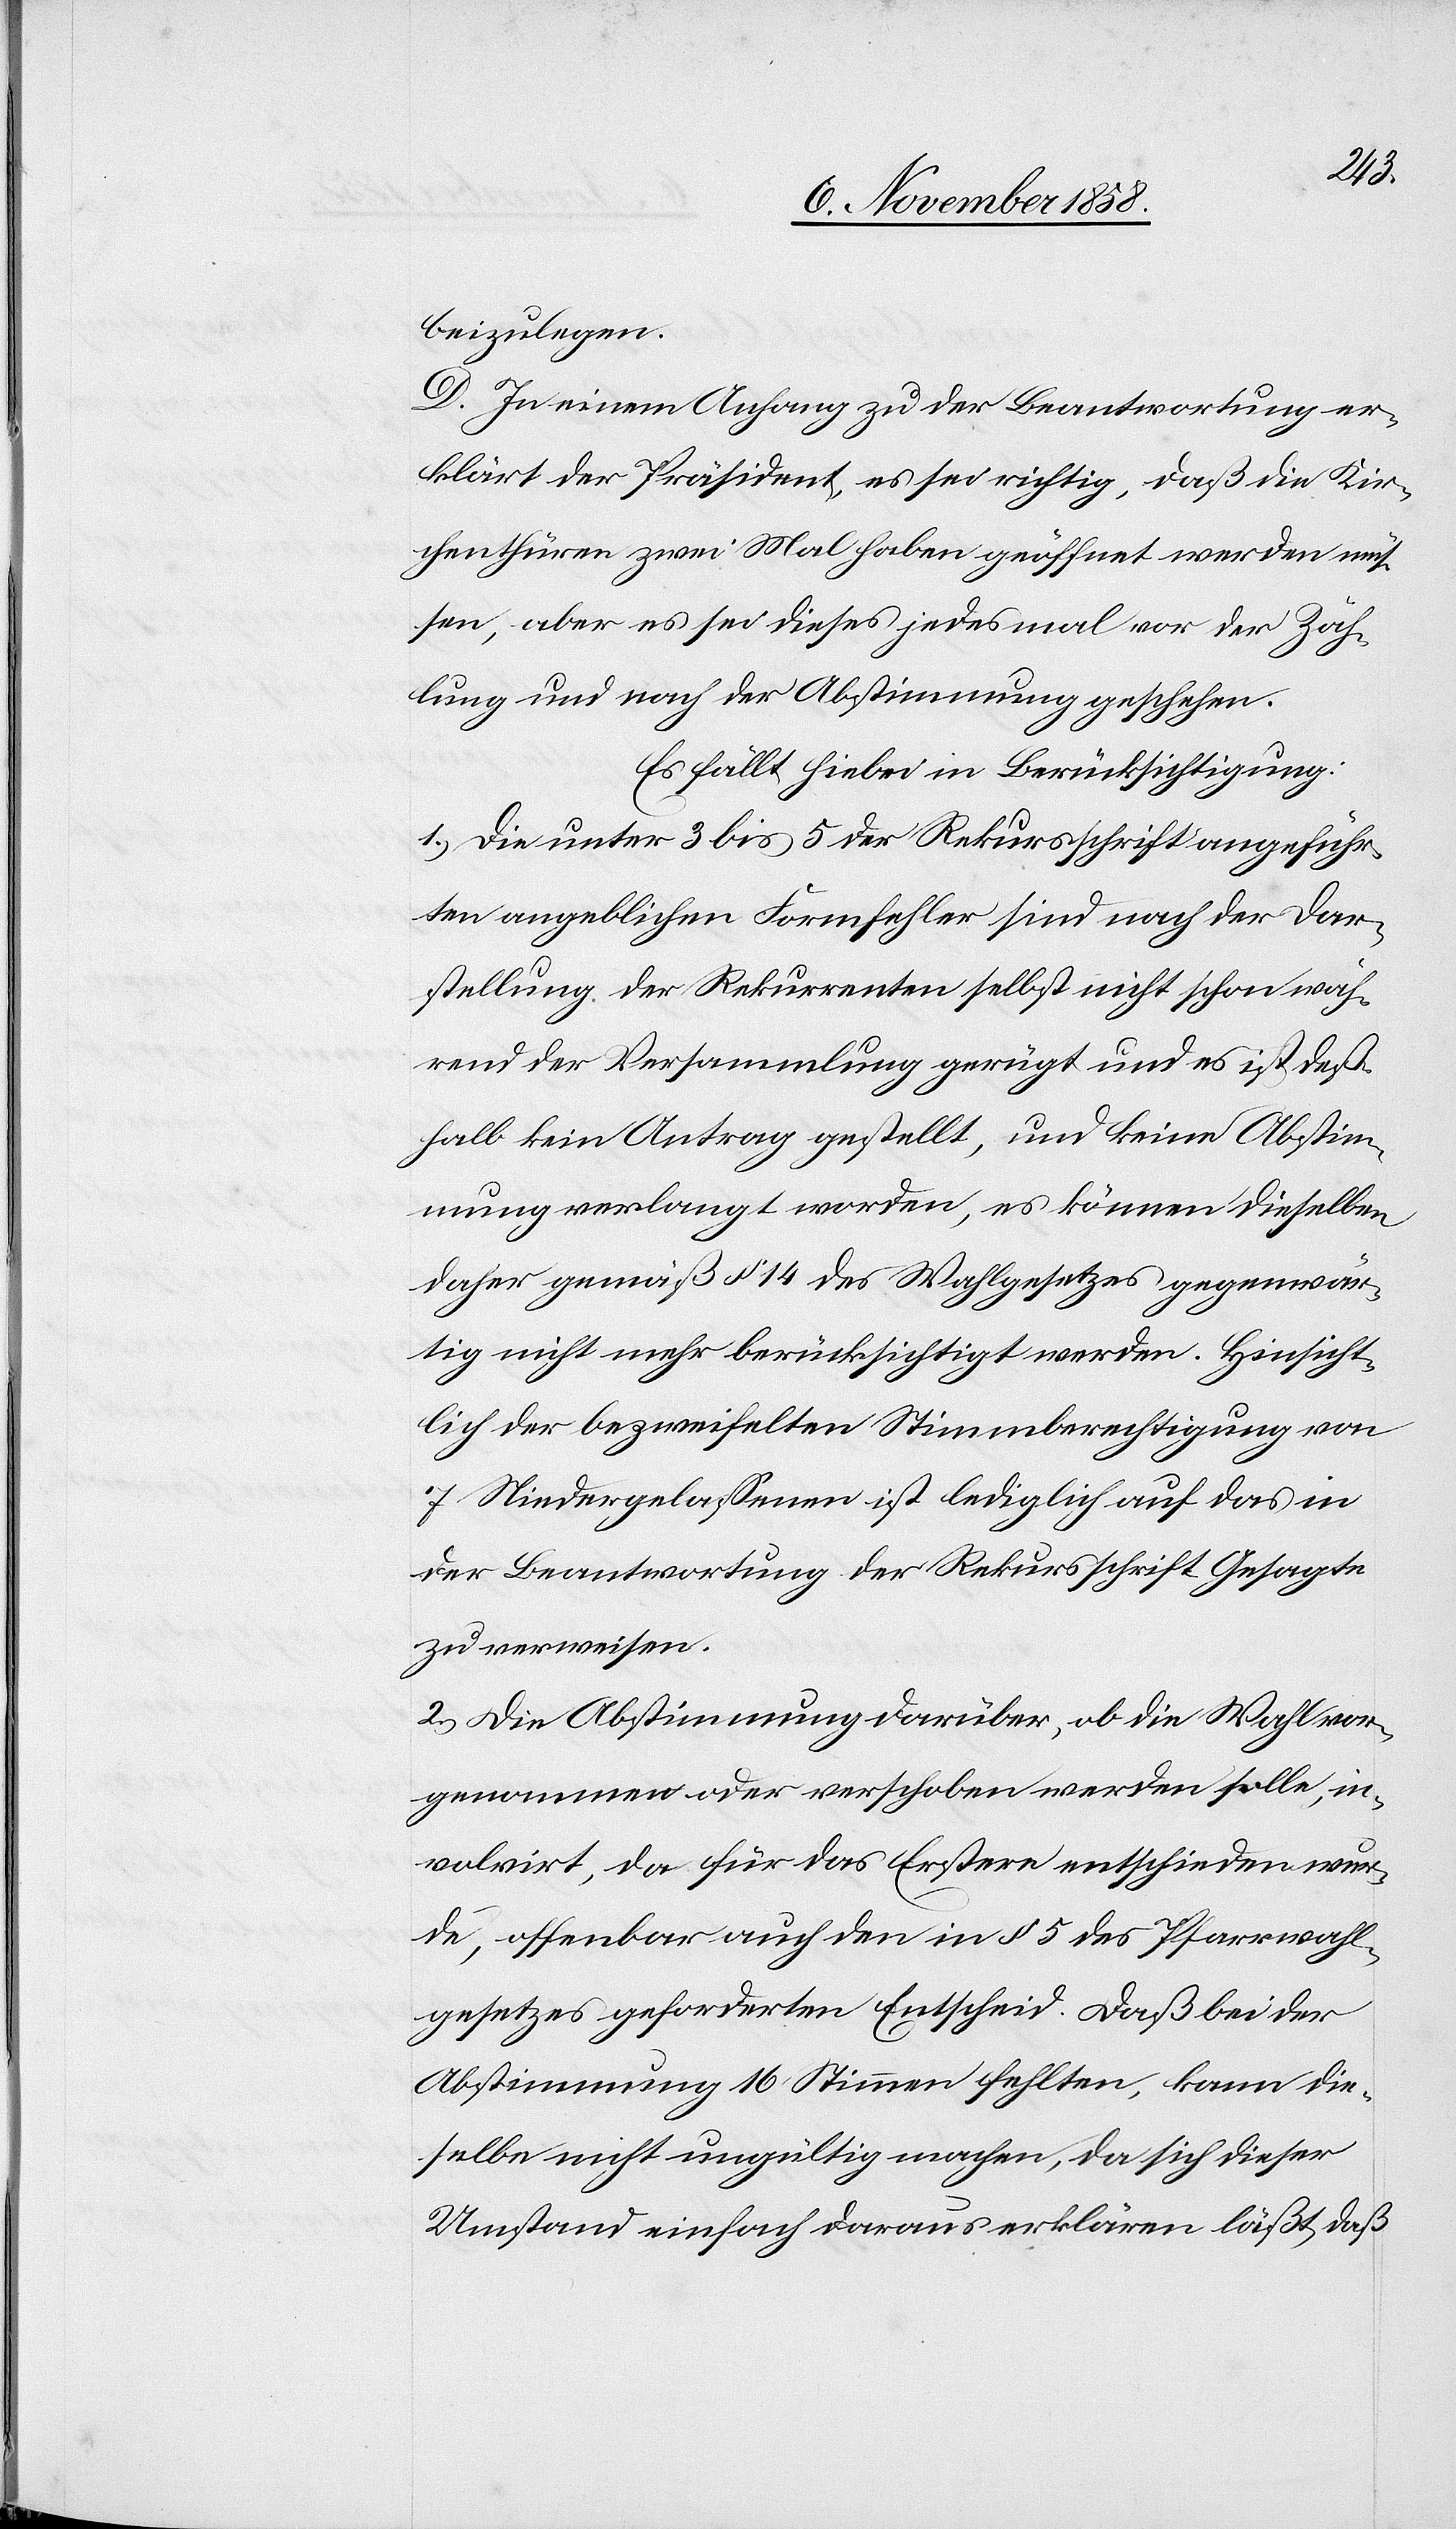
beizulegen.
D. In einem Anhang zu der Beantwortung er¬
klärt der Präsident, es sei richtig, daß die Kir¬
chenthüren zwei Mal haben geöffnet werden müs¬
sen, aber es sei dieses jedesmal vor der Zäh¬
lung und nach der Abstimmung geschehen.
Es fällt hiebei in Berücksichtigung:
1.) Die unter 3 bis 5 der Rekursschrift angeführ¬
ten angeblichen Formfehler sind nach der Dar¬
stellung der Rekurrenten selbst nicht schon wäh¬
rend der Versammlung gerügt und es ist deß¬
halb kein Antrag gestellt, und keine Abstim¬
mung verlangt worden, es können dieselben
daher gemäß § 14 des Wahlgesetzes gegenwär¬
tig nicht mehr berücksichtigt werden. Hinsicht¬
lich der bezweifelten Stimmberechtigung von
7 Niedergelassenen ist lediglich auf das in
der Beantwortung der Rekursschrift Gesagte
zu verweisen.
2.) Die Abstimmung darüber, ob die Wahl vor¬
genommen oder verschoben werden solle, in¬
volvirt, da für das Erstere entschieden wur¬
de, offenbar auch den in § 5 des Pfarrwahl¬
gesetzes geforderten Entscheid. Daß bei der
Abstimmung 16 Stimmen fehlten, kann die¬
selbe nicht ungültig machen, da sich dieser
Umstand einfach daraus erklären läßt, daß